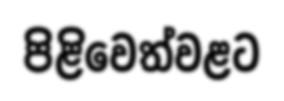
පිළිවෙත්වළට